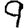
Digit: 9